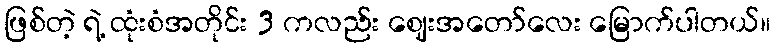
ဖြစ်တဲ့ ရဲ့ ထုံးစံအတိုင်း 3 ကလည်း ဈေးအတော်လေး မြောက်ပါတယ်။